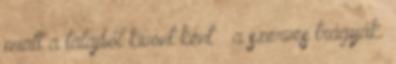
miatt a talajból kivont ként – a szerves trágyák.